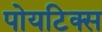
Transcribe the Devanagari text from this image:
पोयटिक्स